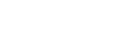
ပစ္စေကဗုဒ္ဓေဟိ